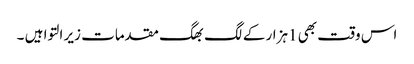
اس وقت بھی 1ہزار کے لگ بھگ مقدمات زیر التوا ہیں ۔